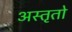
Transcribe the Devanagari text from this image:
अस्तृतो